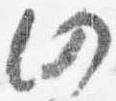
仍